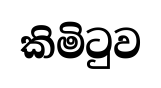
කිමිටුව